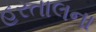
હરતાલના